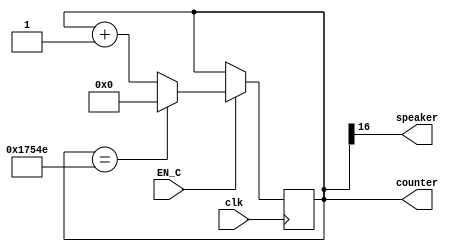
module musicC(clk, speaker, counter, EN_C);
//261.6 HZ
input clk;
input EN_C;
output speaker;

output reg [16:0] counter = 17'b0;

always @(posedge clk)
	if(EN_C) begin
		if(counter==95566) begin
			counter <= 0;
    		end
    		else begin
			counter <= counter+1;
    		end
	end
assign speaker = counter[16];
endmodule

module musicD(clk, speaker, counter, EN_D);
//293.7 HZ
input clk;
input EN_D;
output speaker;

output reg [16:0] counter = 17'b0;

always @(posedge clk)
	if(EN_D) begin
		if(counter==85121) begin
			counter <= 0;
    		end
    		else begin
			counter <= counter+1;
    		end
	end
assign speaker = counter[16];
endmodule

module musicE(clk, speaker, counter, EN_E);
//329.6 HZ
input clk;
input EN_E;
output speaker;

output reg [16:0] counter = 17'b0;

always @(posedge clk)
	if(EN_E) begin
		if(counter==75850) begin
			counter <= 0;
    		end
    		else begin
			counter <= counter+1;
    		end
	end
assign speaker = counter[16];
endmodule

module musicF(clk, speaker, counter, EN_F);
//349.2 HZ
input clk;
input EN_F;
output speaker;

output reg [16:0] counter = 17'b0;

always @(posedge clk)
	if(EN_F) begin
		if(counter==71592) begin
			counter <= 0;
    		end
    		else begin
			counter <= counter+1;
    		end
	end
assign speaker = counter[16];
endmodule
module musicG(clk, speaker, counter, EN_F);
//392 HZ
input clk;
input EN_F;
output speaker;

output reg [15:0] counter = 16'b0;

always @(posedge clk)
	if(EN_F) begin
    		if(counter==63776) begin
			counter <= 0;
    		end
    		else begin
			counter <= counter+1;
    		end
	end
assign speaker = counter[15];
endmodule

module musicA(clk, speaker, counter, EN_A);
//440 HZ
input clk;
input EN_A;
output speaker;

output reg [15:0] counter = 16'b0;

always @(posedge clk)
	if(EN_A) begin
		if(counter==56818) begin
			counter <= 0;
    		end
    		else begin
			counter <= counter+1;
    		end
	end
assign speaker = counter[15];
endmodule
module musicB(clk, speaker, counter, EN_B);
//493.9 HZ
input clk;
input EN_B;
output speaker;

output reg [15:0] counter = 16'b0;

always @(posedge clk)
	if(EN_B) begin
		if(counter==50618) begin
			counter <= 0;
    		end
    		else begin
			counter <= counter+1;
    		end
	end
assign speaker = counter[15];
endmodule

module musicC2(clk, speaker, counter, EN_C2);
//523.3 HZ
input clk;
input EN_C2;
output speaker;

output reg [15:0] counter = 16'b0;

always @(posedge clk)
	if(EN_C2) begin
		if(counter==47774) begin
			counter <= 0;
    		end
    		else begin
			counter <= counter+1;
    		end
	end
assign speaker = counter[15];
endmodule

/*module testmusic;
reg clk;
reg EN_C;
wire speaker;
wire [16:0] counter;

musicC playnote(clk, speaker, counter, EN_C);

initial clk = 0;
always #20 clk=!clk;

initial begin
EN_C = 0;
$display("%b, %b, %b", clk, speaker, counter, EN_C);
end 
endmodule*/